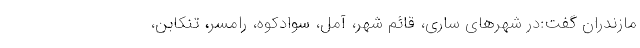
مازندران گفت:در شهر‌های ساری، قائم شهر، آمل، سوادکوه، رامسر، تنکابن،